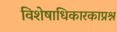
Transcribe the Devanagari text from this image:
विशेषाधिकारकाप्रश्न